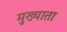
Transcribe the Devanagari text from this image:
मुख्याता